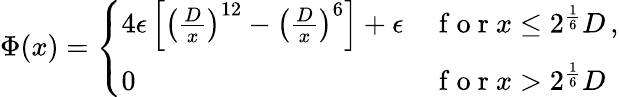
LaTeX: \Phi(x)=\left\{ \begin{array}{ll}{4\epsilon\left[\left(\frac{D}{x}\right)^{12}-\left(\frac{D}{x}\right)^{6}\right]+\epsilon}&{\mathrm{~f~o~r~}x\leq 2^{\frac{1}{6}}D\, ,}\\ {0}&{\mathrm{~f~o~r~}x>2^{\frac{1}{6}}D}\end{array}\right.